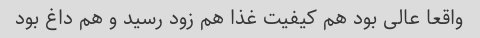
واقعا عالی بود هم کیفیت غذا هم زود رسید و هم داغ بود